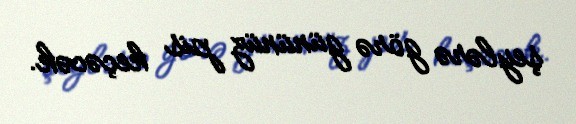
şeylərə görə gününüz pis keçəcək.